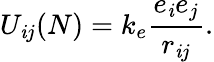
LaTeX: U_{\mathit{i}j}(N)=k_{e}{\frac{{e_{\mathit{i}}e_{j}}}{{r_{\mathit{i}j}}}}.